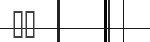
١١